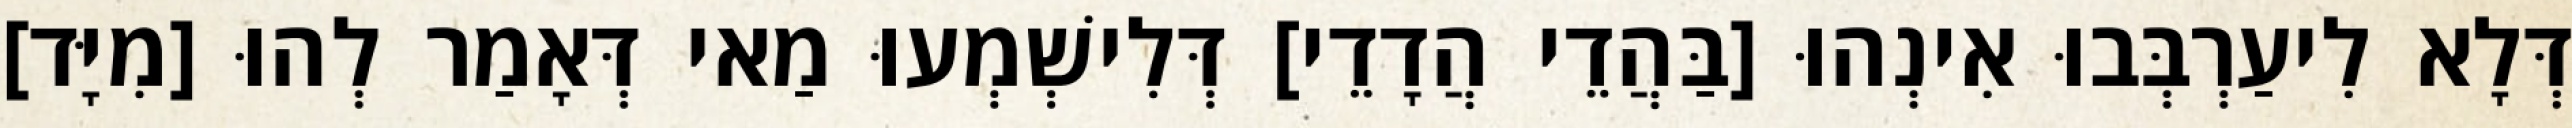
דְּלָא לִיעַרְבְּבוּ אִינְהוּ [בַּהֲדֵי הֲדָדֵי] דְּלִישְׁמְעוּ מַאי דְּאָמַר לְהוּ [מִיָּד]